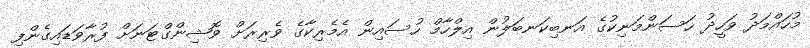
މުހައްމަދު ވަހީދު ހަސަންމަނިކުގެ އަނބިކަނބަލުން އިލްހާމް ހުސައިން އެމެރިކާގެ ވެރިރަށް ވޮޝިންގްޓަނަށް ފުރާވަޑައިގެންފި